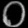
Digit: ၀